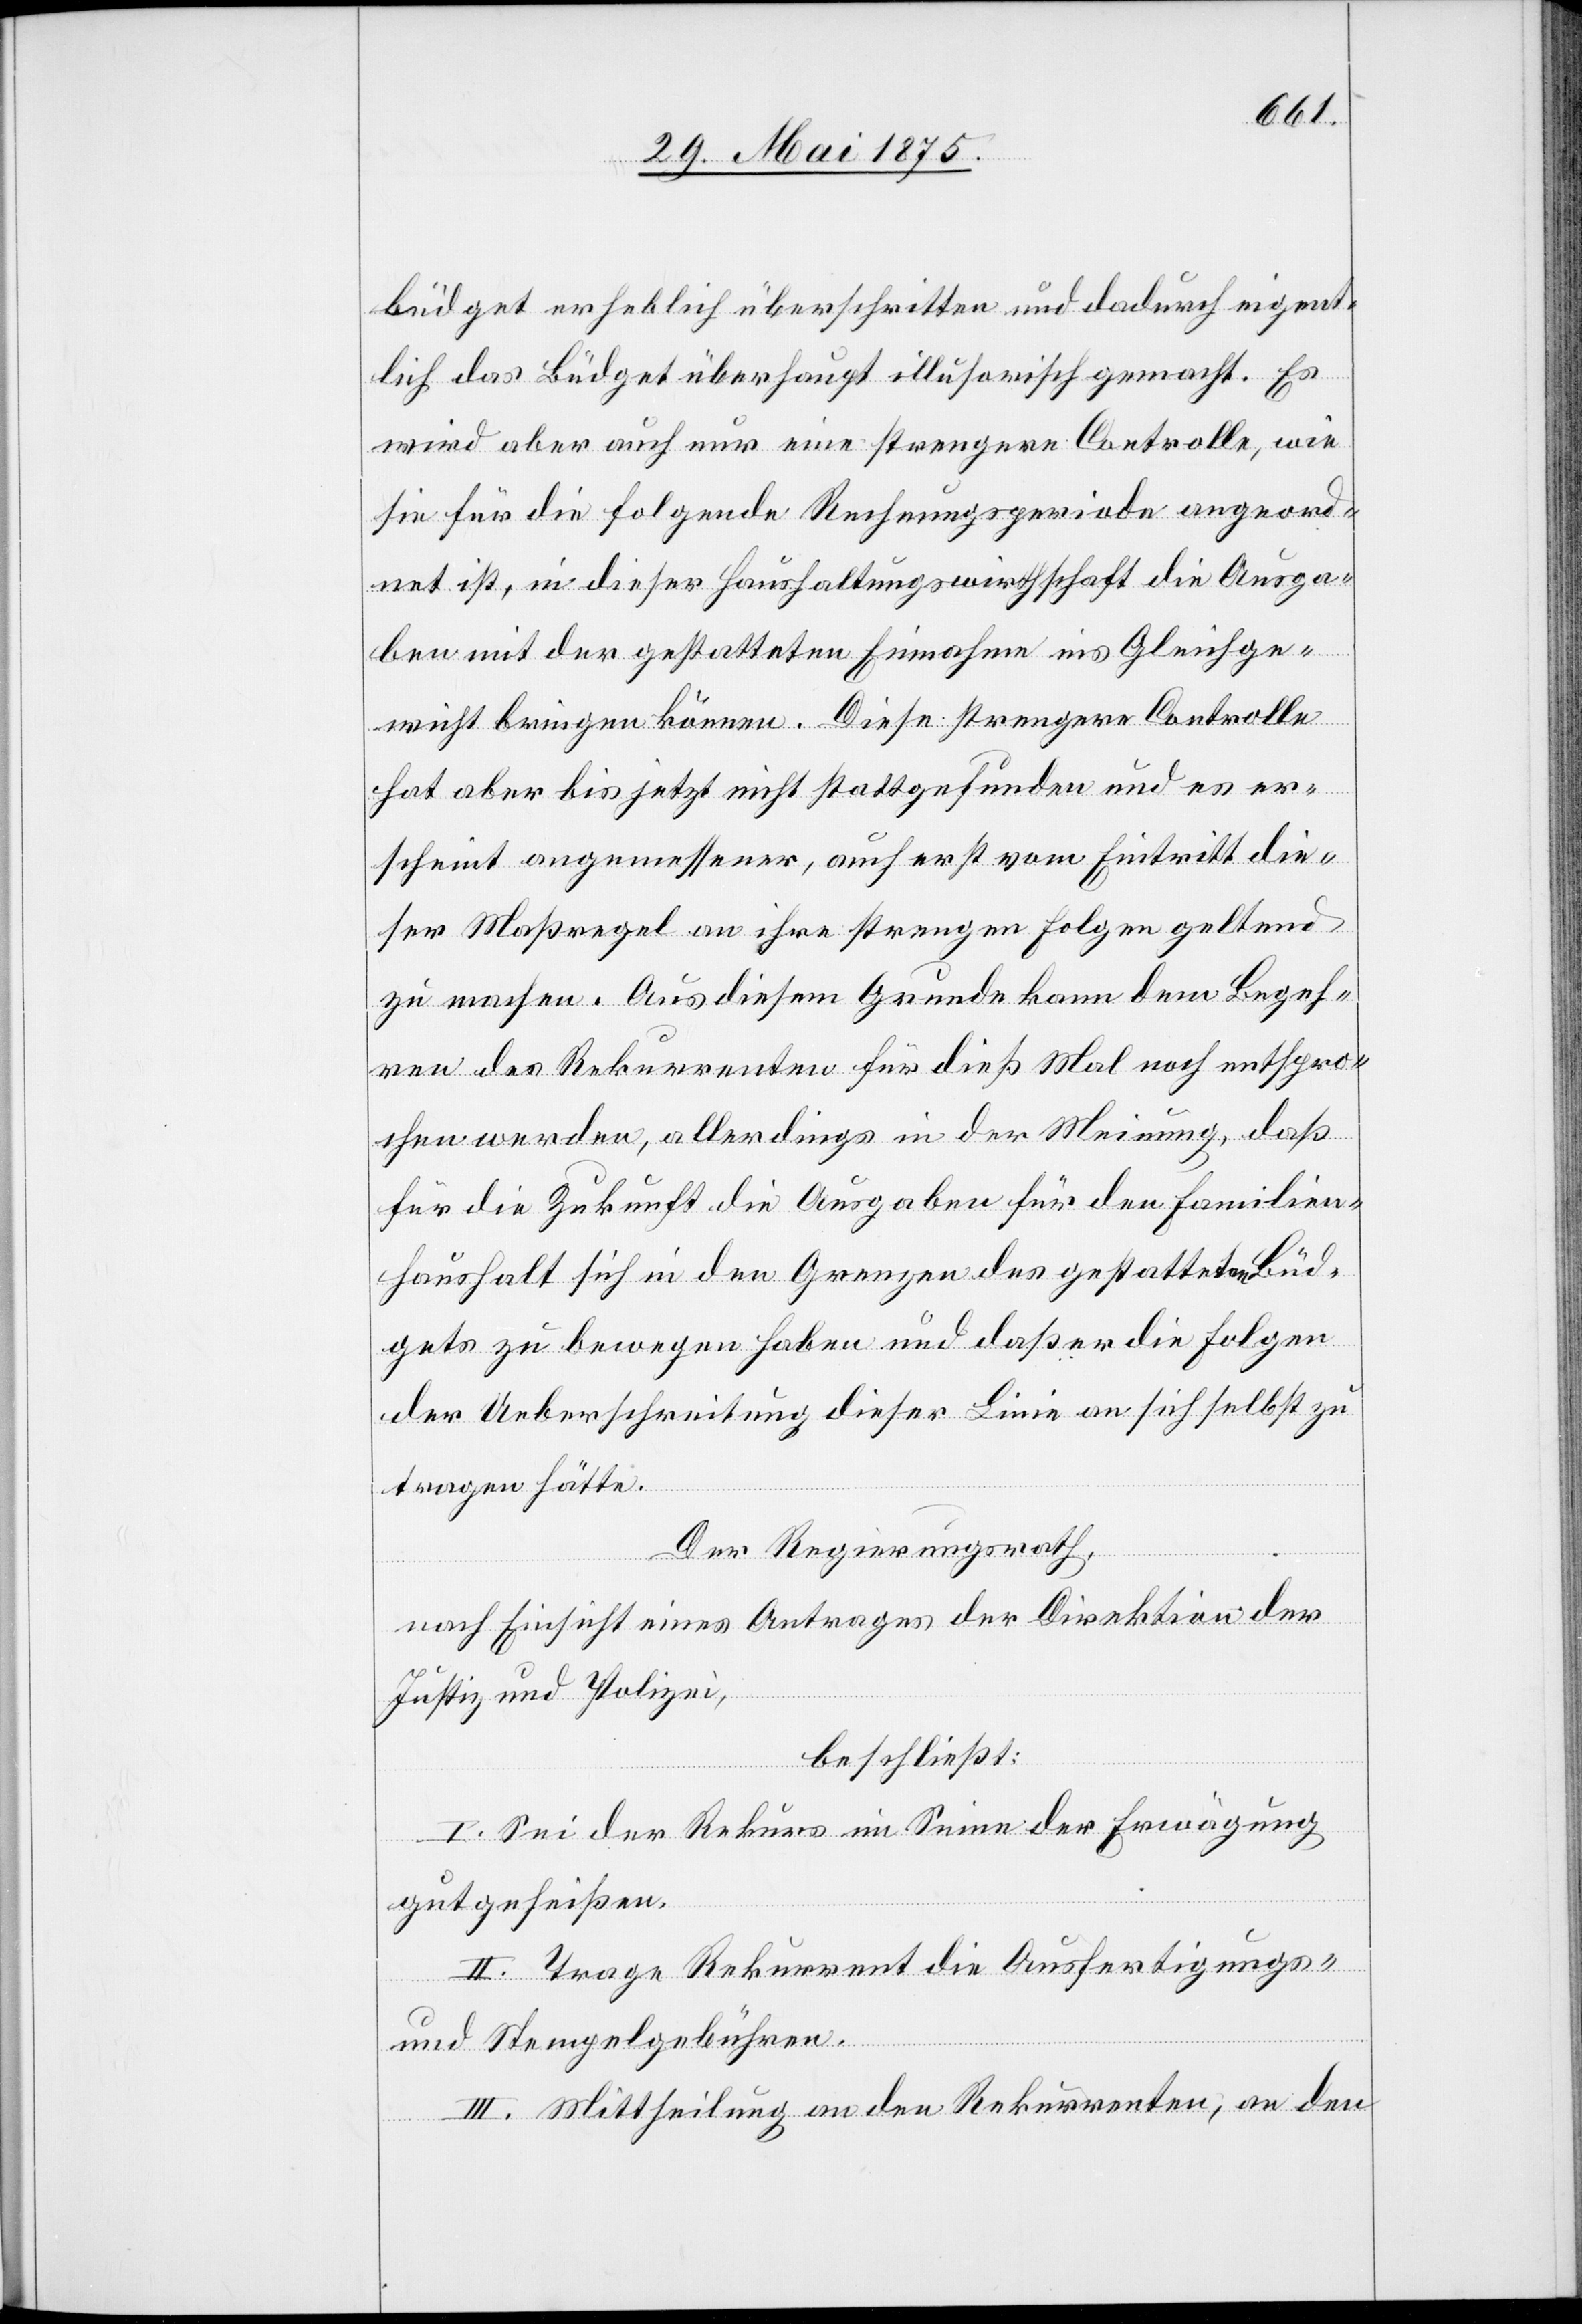
büdget erheblich überschritten und dadurch eigent¬
lich das Büdget überhaupt illusorisch gemacht. Es
wird aber auch nur eine strengere Controlle, wie
sie für die folgende Rechnungsperiode angeord¬
net ist, in dieser Haushaltungswirthschaft die Ausga¬
ben mit der gestatten Einnahme ins Gleichge¬
wicht bringen können. Diese strengere Controlle
hat aber bis jetzt nicht stattgefunden und es er¬
scheint angemessener, auch erst vom Eintritt die¬
ser Maßregel an ihre strengen Folgen geltend
zu machen. Aus diesem Grunde kann dem Begeh¬
ren des Rekurrenten für dieß Mal noch entspro¬
chen werden, allerdings in der Meinung, daß
für die Zukunft die Ausgaben für den Familien¬
haushalt sich in den Grenzen des gestatteten Büd¬
gets zu bewegen haben und daß er die Folgen
der Ueberschreitung dieser Linie an sich selbst zu
tragen hätte.
Der Regierungsrath,
nach Einsicht eines Antrages der Direktion der
Justiz und Polizei,
beschließt:
I. Sei der Rekurs im Sinne der Erwägung
gutgeheißen.
II. Trage Rekurrent die Ausfertigungs-
und Stempelgebühren.
III. Mittheilung an den Rekurrenten, an den